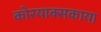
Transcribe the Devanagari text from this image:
कोरयाक्सकाया